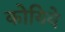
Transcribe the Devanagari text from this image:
कोयिवे